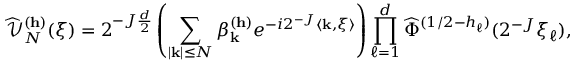
\widehat { \mathcal { V } } _ { N } ^ { ( \mathbf { h } ) } ( \xi ) = 2 ^ { - J \frac { d } { 2 } } \left( \sum _ { | \mathbf { k } | \leq N } \beta _ { \mathbf { k } } ^ { ( \mathbf { h } ) } e ^ { - i 2 ^ { - J } \langle \mathbf { k } , \xi \rangle } \right) \prod _ { \ell = 1 } ^ { d } \widehat { \Phi } ^ { ( 1 / 2 - h _ { \ell } ) } ( 2 ^ { - J } \xi _ { \ell } ) ,